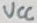
Text: VCC